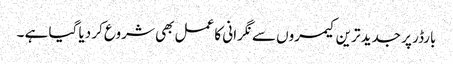
بارڈر پر جدید ترین کیمروں سے نگرانی کا عمل بھی شروع کر دیا گیا ہے ۔